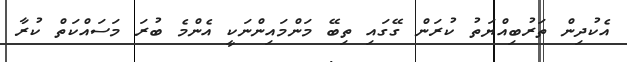
އެކުދިން ތަރުބިއްޔަތު ކުރަން ގޭގައި ތިބޭ މަންމައިންނަކީ އެންމެ ބުރަ މަސައްކަތް ކުރާ